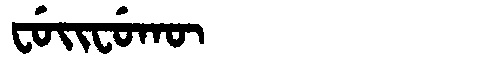
Manchu: ᠸᡠᡳᠸᡠᡴᡡ
Romanization: FUIFUKŪ